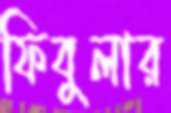
ফিবুলার